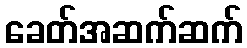
ခေတ်အဆက်ဆက်